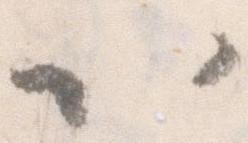
以